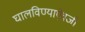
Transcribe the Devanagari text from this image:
घालविण्याऐवजी